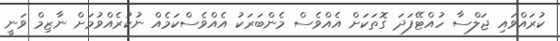
ކުރައްވައި ޖަލްސާ ހުއްޓޭފަދަ ގޮތަކަށް އެއްވެސް މެންބަރަކު އެއްވެސްކަމެއް ނުކުރެއްވުމަށް ނާޒިމް ވަނީ